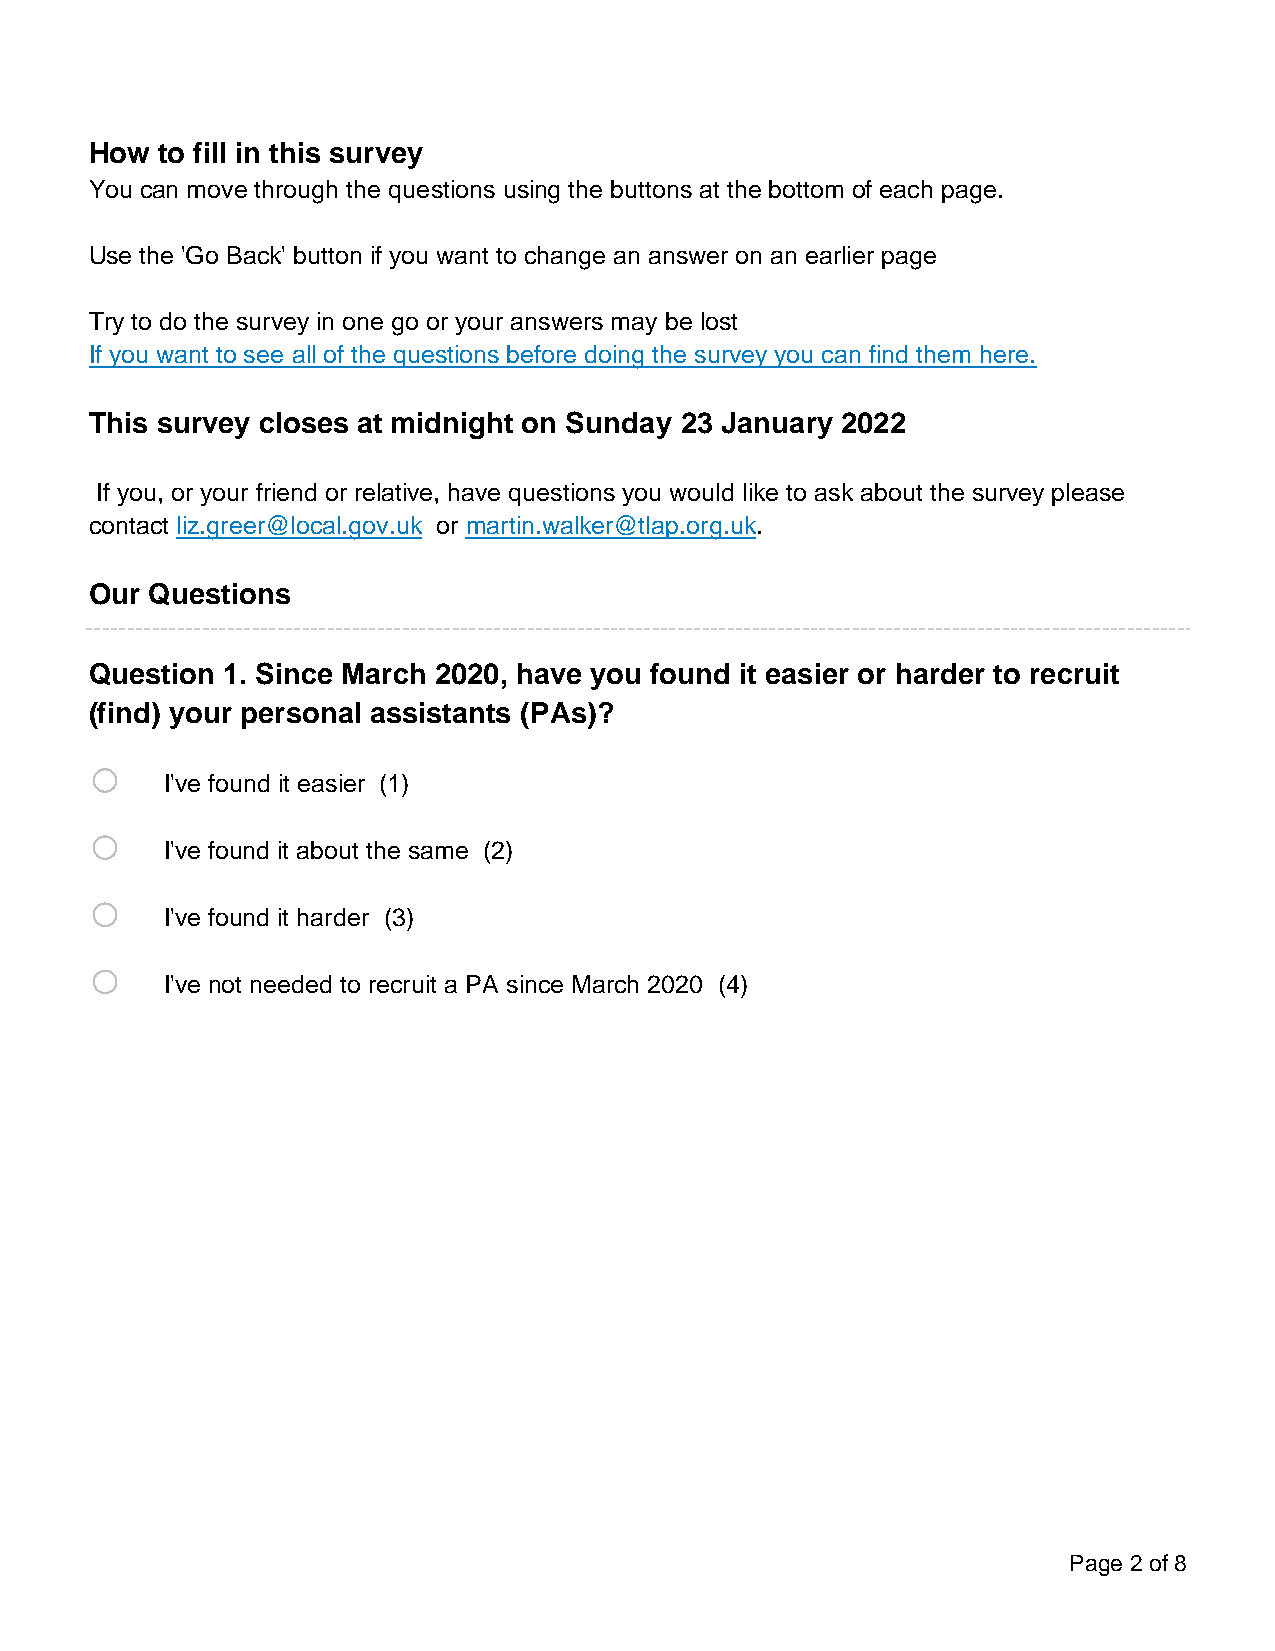
How  to fill in this survey
 You can move through the questions using the buttons at the bottom of each page.
 Use the 'Go Back' button if you want to change an answer on an earlier page
 Try to do the survey in one go or your answers may be lost
 If you want to see all of the questions before doing the survey you can find them here.
 This survey closes at midnight on Sunday 23 January 2022
 If you, or your friend or relative, have questions you would like to ask about the survey please
 contact liz.greer@local.gov.uk or martin.walker@tlap.org.uk.
 Our Questions
 Question 1. Since March 2020, have you found it easier or harder to recruit
 (find) your personal assistants (PAs)?
 o
 I've found it easier (1)
 o
 I've found it about the same (2)
 o
 I've found it harder (3)
 o
 I've not needed to recruit a PA since March 2020 (4)
 Page 2 of 8